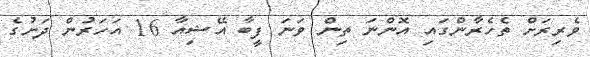
ވެރިރަށް ތެހެރާންގައި އޮންނަ ތިން ވަނަ ފީބާ އޭޝިއާ 16 އަހަރުން ދަށުގެ